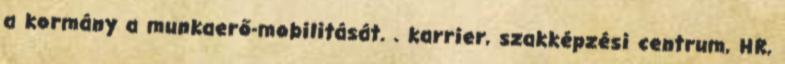
a kormány a munkaerő-mobilitását. . karrier, szakképzési centrum, HR,